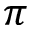
\pi